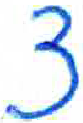
אות: צ